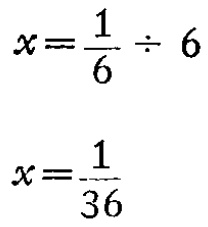
\[

\begin{align*}

x&=\frac{1}{6}\div 6\\

x&=\frac{1}{36}

\end{align*}

\]